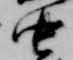
中